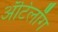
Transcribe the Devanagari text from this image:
अँटिलॉग